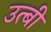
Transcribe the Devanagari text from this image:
उत्बी